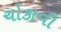
ચોકાવી